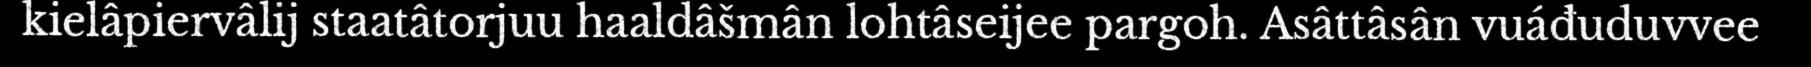
kielâpiervâlij staatâtorjuu haaldâšmân lohtâseijee pargoh. Asâttâsân vuáđuduvvee